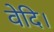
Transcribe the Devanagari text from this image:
वेदि।